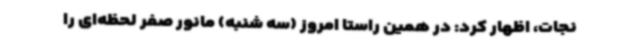
نجات، اظهار کرد: در همین راستا امروز (سه شنبه) مانور صفر لحظه‌ای را